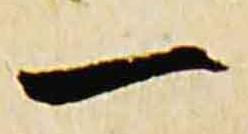
一